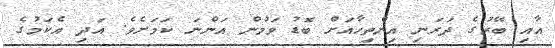
އާއި ބޭރުގެ ދަރަނި އިންތިހާއަށް ބޮޑު ވަމުން އަންނަ ކަމަށެވެ. އަދި އެކަމުގެ